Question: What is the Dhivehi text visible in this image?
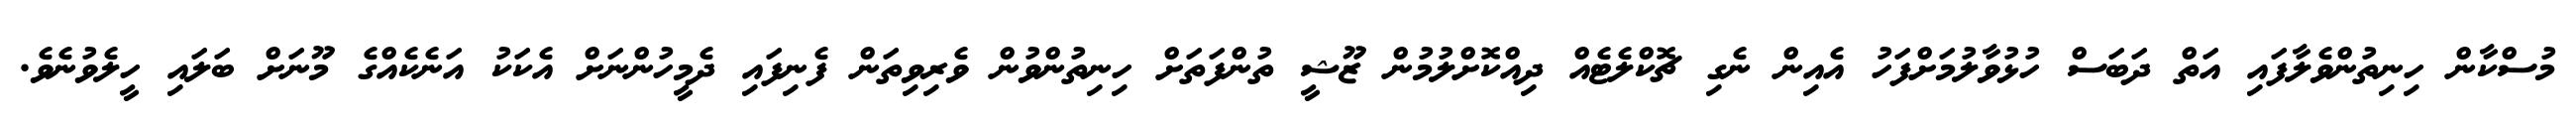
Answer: މުސްކާން ހިނިތުންވެލާފައި އަތް ދަބަސް ހުޅުވާލުމަށްފަހު އެއިން ނެގި ޗޮކްލެޓެއް ދިއްކޮށްލުމުން ޒޫޝީ ތުންފަތަށް ހިނިތުންވުން ވެރިވިތަން ފެނިފައި ދެމީހުންނަށް އެކަކު އަނެކެއްގެ މޫނަށް ބަލައި ހީލެވުނެވެ.